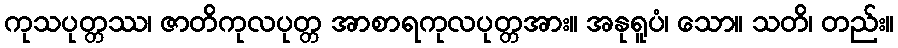
ကုသပုတ္တဿ၊ ဇာတိကုလပုတ္တ အာစာရကုလပုတ္တအား။ အနုရူပံ၊ သော။ သတိ၊ တည်း။